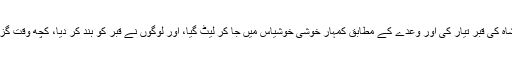
بادشاہ کے مرنے کے بعد لوگوں نے بادشاہ کی قبر تیار کی اور وعدے کے مطابق کمہار خوشی خوشیاس میں جا کر لیٹ گیا، اور لوگوں نے قبر کو بند کر دیا، کچھ وقت گزرنے کے بعد فرشتے آئے اور اسکو کہا۔